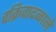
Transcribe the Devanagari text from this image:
चक्रिवादळाने